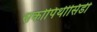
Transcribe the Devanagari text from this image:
सर्कोपिथीसिडी